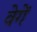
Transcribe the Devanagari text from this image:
वेगें